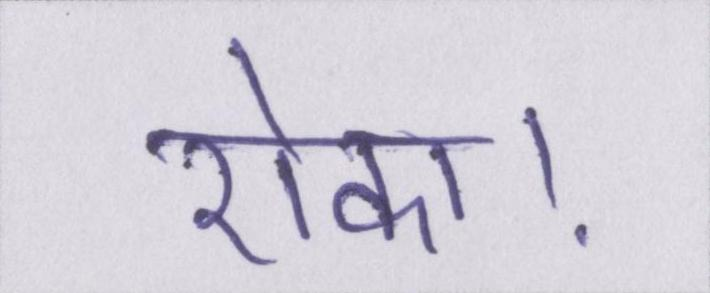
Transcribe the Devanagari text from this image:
रोका।